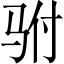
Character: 驸